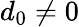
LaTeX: d_{0}\neq 0